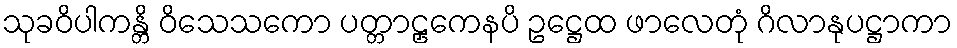
သုခဝိပါကန္တိ ဝိသေသကော ပတ္တာဠှကေနပိ ဥဋ္ဌေထ ဖာလေတုံ ဂိလာနုပဋ္ဌာကာ